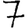
Digit: 7